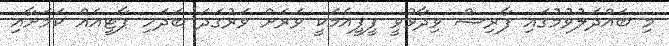
މި ބައްދަލުވުމުގައި ފާރިޝް ވިދާޅުވީ ޕީޕީއެމަކީ ވަރަށް ވަރުގަދަ ބަދަހި ޕާޓީއެއް ކަމަށާއި